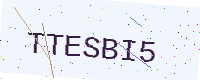
Text: TTESBI5